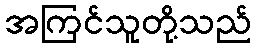
အကြင်သူတို့သည်